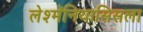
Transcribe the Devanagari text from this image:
लेश्मॅनियासिसला